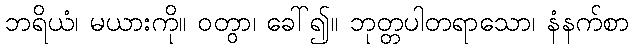
ဘရိယံ၊ မယားကို။ ဝတွာ၊ ခေါ်၍။ ဘုတ္တပါတရာသော၊ နံနက်စာ